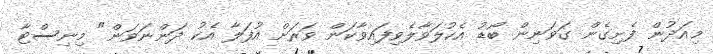
މިއަދުން ފެށިގެން ގަވަނިން ބޯޑު އެކުލަވާލެވިފައިވާކަން ވަރަށް އުފަލާ އެކު ދަންނަވަން" މިނިސްޓާ